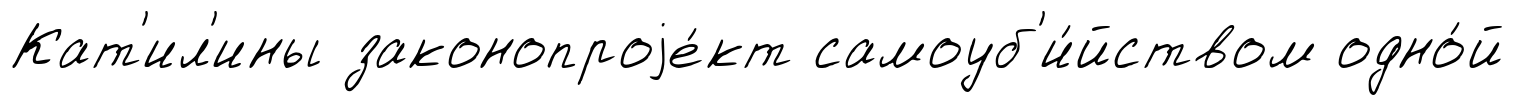
Кат'ил'ины законопроjе́кт самоуб'и́йством одно́й